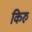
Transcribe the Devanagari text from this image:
किरु